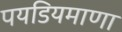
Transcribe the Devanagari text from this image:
पयडियमाणा